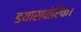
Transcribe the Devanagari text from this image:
डयासपोरिक।